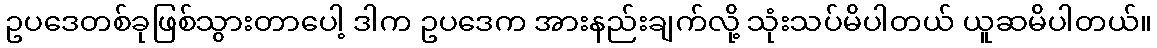
ဥပဒေတစ်ခုဖြစ်သွားတာပေါ့ ဒါက ဥပဒေက အားနည်းချက်လို့ သုံးသပ်မိပါတယ် ယူဆမိပါတယ်။